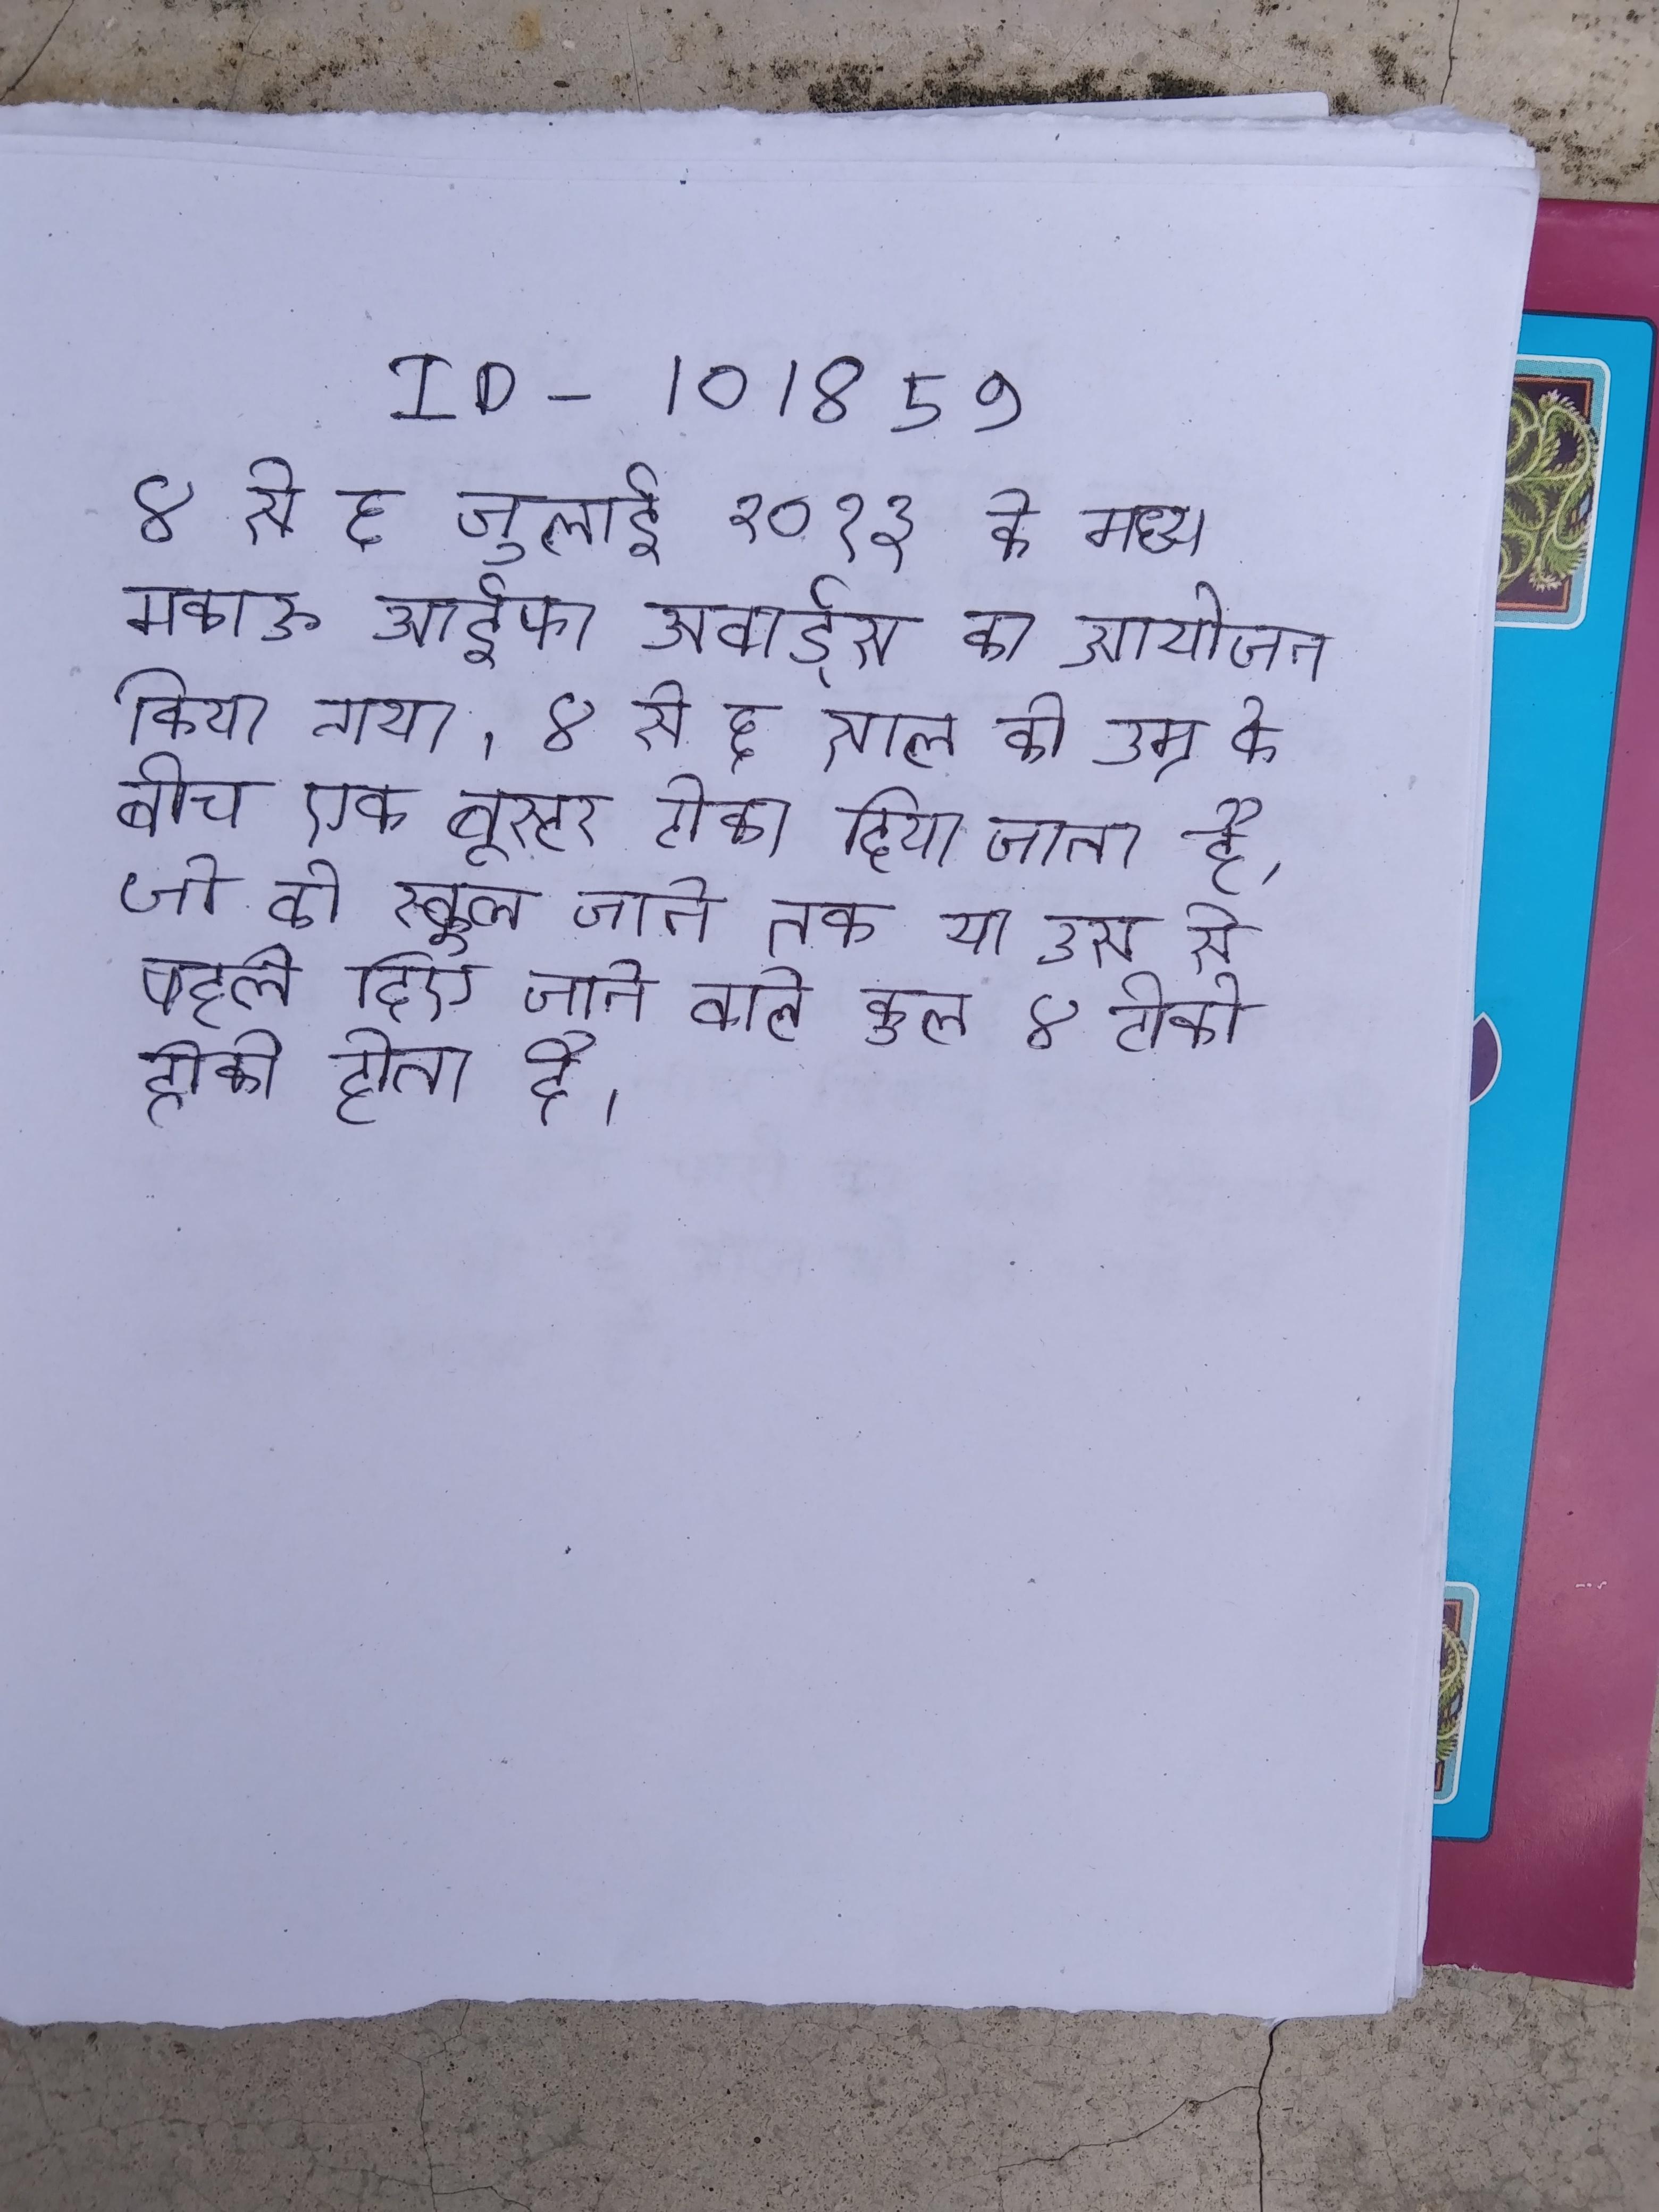
४ से ६ जुलाई २०१३ के मध्य मकाऊ आईफा अवार्ड्स का आयोजन किया गया । ४ से ६ साल की उम्र के बीच एक बूस्टर टीका दिया जाता है, जो की स्कूल जाने तक या उस से पहले दिए जाने वाले कुल ४ टीको होता है ।